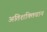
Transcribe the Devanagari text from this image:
अतिशक्तिवान